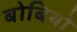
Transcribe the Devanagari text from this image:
बोबियो